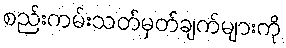
စည်းကမ်းသတ်မှတ်ချက်များကို